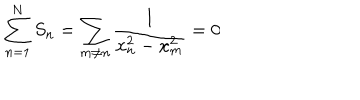
\sum _ { n = 1 } ^ { N } S _ { n } = \sum _ { m \ne n } \frac { 1 } { x _ { n } ^ { 2 } - x _ { m } ^ { 2 } } = 0